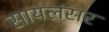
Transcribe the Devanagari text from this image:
सायलंसर